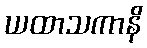
ယထာသကာနိ